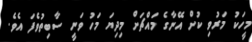
މީހަކު މަރުވި ކުށް އޭނާގެ މައްޗަށް މިދިޔަ މަހު ވަނީ ސާބިތުވެފަ އެވެ.